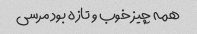
همه چیز خوب و تازه بود مرسی